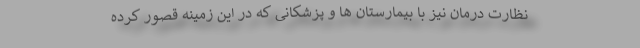
نظارت درمان نیز با بیمارستان ها و پزشکانی که در این زمینه قصور کرده